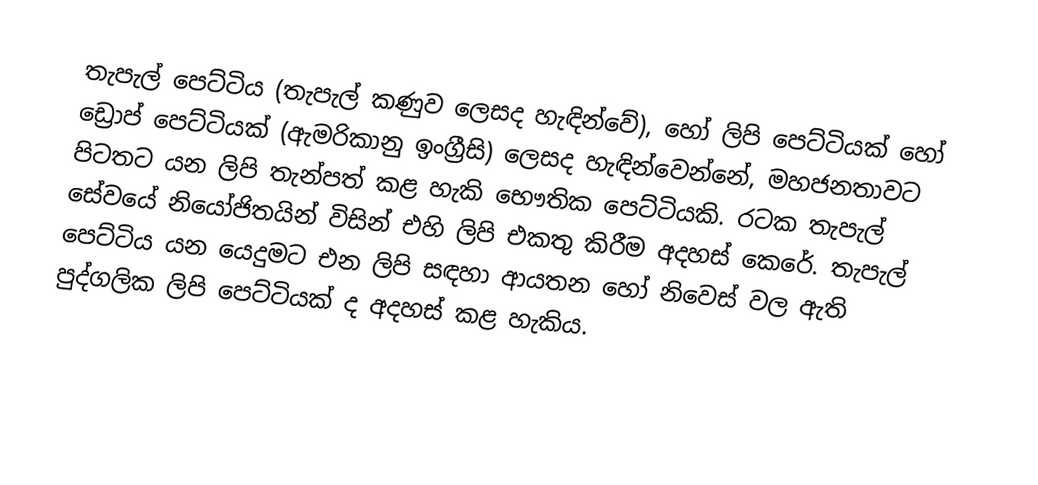
තැපැල් පෙට්ටිය (තැපැල් කණුව ලෙසද හැඳින්වේ), හෝ ලිපි පෙට්ටියක් හෝ ඩ්‍රොප් පෙට්ටියක් (ඇමරිකානු ඉංග්‍රීසි) ලෙසද හැඳින්වෙන්නේ, මහජනතාවට පිටතට යන ලිපි තැන්පත් කළ හැකි භෞතික පෙට්ටියකි. රටක තැපැල් සේවයේ නියෝජිතයින් විසින් එහි ලිපි එකතු කිරීම අදහස් කෙරේ. තැපැල් පෙට්ටිය යන යෙදුමට එන ලිපි සඳහා ආයතන හෝ නිවෙස් වල ඇති පුද්ගලික ලිපි පෙට්ටියක් ද අදහස් කළ හැකිය.